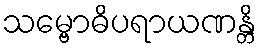
သမ္ဗောဓိပရာယဏန္တိ